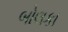
બોલકા